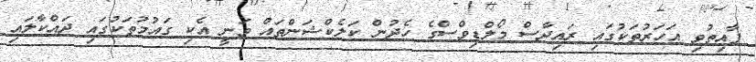
ފާއިތުވި އަހަރުތަކުގައި ރައިދާސް މޯލްޑިވްސްގެ ހެދުން ކަލެކްޝަންތައް ވަނީ އެކި ގައުމުތަކުގައި ދައްކާލައި